King Institute of Preventive Medicine Micro-Biological Section reports 1909-11
Year: 1909
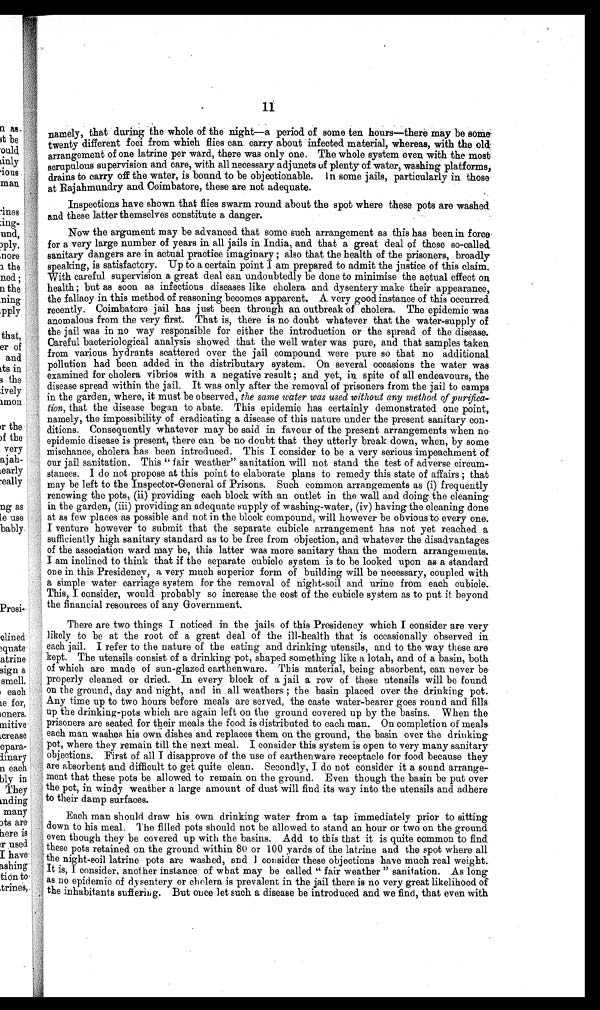
namely, that during the whole of the night—a period of some ten hours—there may be some
twenty different foci from which flies can carry about infected material, whereas, with the old
arrangement of one latrine per ward, there was only one. The whole system even with the most
scrupulous supervision and care, with all necessary adjuncts of plenty of water, washing platforms,
drains to carry off the water, is bound to be objectionable. In some jails, particularly in those
at Rajahmundry and Coimbatore, these are not adequate.
Inspections have shown that flies swarm round about the spot where these pots are washed
and these latter themselves constitute a danger.
Now the argument may be advanced that some such arrangement as this has been in force
for a very large number of years in all jails in India, and that a great deal of these so-called
sanitary dangers are in actual practice imaginary ; also that the health of the prisoners, broadly
speaking, is satisfactory. Up to a certain point I am prepared to admit the justice of this claim.
With careful supervision a great deal can undoubtedly be done to minimise the actual effect on
health; but as soon as infectious diseases like cholera and dysentery make their appearance,
the fallacy in this method of reasoning becomes apparent. A very good instance of this occurred
recently. Coimbatore jail has just been through an outbreak of cholera. The epidemic was
anomalous from the very first. That is, there is no doubt whatever that the water-supply of
the jail was in no way responsible for either the introduction or the spread of the disease.
Careful bacteriological analysis showed that the well water was pure, and that samples taken
from various hydrants scattered over the jail compound were pure so that no additional
pollution had been added in the distributary system. On several occasions the water was
examined for cholera vibrios with a negative result ; and yet, in spite of all endeavours, the
disease spread within the jail. It was only after the removal of prisoners from the jail to camps
in the garden, where, it must be observed, the same water was used without any method of purifica-
tion, that the disease began to abate. This epidemic has certainly demonstrated one point,
namely, the impossibility of eradicating a disease of this nature under the present sanitary con-
ditions. Consequently whatever may be said in favour of the present arrangements when no
epidemic disease is present, there can be no doubt that they utterly break down, when, by some
mischance, cholera has been introduced. This I consider to be a very serious impeachment of
our jail sanitation. This "fair weather" sanitation will not stand the test of adverse circum-
stances. I do not propose at this point to elaborate plans to remedy this state of affairs ; that
may be left to the Inspector-General of Prisons. Such common arrangements as (i) frequently
renewing the pots, (ii) providing each block with an outlet in the wall and doing the cleaning
in the garden, (iii) providing an adequate supply of washing-water, (iv) having the cleaning done
at as few places as possible and not in the block compound, will however be obvious to every one.
I venture however to submit that the separate cubicle arrangement has not yet reached a
sufficiently high sanitary standard as to be free from objection, and whatever the disadvantages
of the association ward may be, this latter was more sanitary than the modern arrangements.
I am inclined to think that if the separate cubicle system is to be looked upon as a standard
one in this Presidency, a very much superior form of building will be necessary, coupled with
a simple water carriage system for the removal of night-soil and urine from each cubicle.
This, I consider, would probably so increase the cost of the cubicle system as to put it beyond
the financial resources of any Government.
There are two things I noticed in the jails of this Presidency which I consider are very
likely to be at the root of a great deal of the ill-health that is occasionally observed in
each jail. I refer to the nature of the eating and drinking utensils, and to the way these are
kept. The utensils consist of a drinking pot, shaped something like a lotah, and of a basin, both
of which are made of sun-glazed earthenware. This material, being absorbent, can never be
properly cleaned or dried. In every block of a jail a row of these utensils will be found
on the ground, day and night, and in all weathers ; the basin placed over the drinking pot.
Any time up to two hours before meals are served, the caste water-bearer goes round and fills
up the drinking-pots which are again left on the ground covered up by the basins. When the
prisoners are seated for their meals the food is distributed to each man. On completion of meals
each man washes his own dishes and replaces them on the ground, the basin over the drinking
pot, where they remain till the next meal. I consider this system is open to very many sanitary
objections. First of all I disapprove of the use of earthenware receptacle for food because they
are absorbent and difficult to get quite clean. Secondly, I do not consider it a sound arrange-.
ment that these pots be allowed to remain on the ground. Even though the basin be put over
the pot, in windy weather a large amount of dust will find its way into the utensils and adhere
to their damp surfaces.
Each man should draw his own drinking water from a tap immediately prior to sitting
down to his meal. The filled pots should not be allowed to stand an hour or two on the ground
even though they be covered up with the basins. Add to this that it is quite common to find
these pots retained on the ground within 80 or 100 yards of the latrine and the spot where all
the night-soil latrine pots are washed, and I consider these objections have much real weight.
It is, I consider, another instance of what may be called " fair weather " sanitation. As long
as no epidemic of dysentery' or cholera is prevalent in the jail there is no very great likelihood of
the inhabitants suffering. But once let such a disease be introduced and we find, that even with